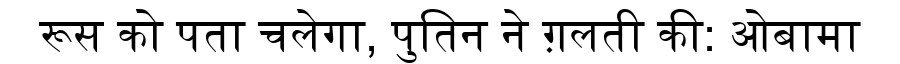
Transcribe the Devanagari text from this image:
रूस को पता चलेगा, पुतिन ने ग़लती की: ओबामा